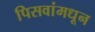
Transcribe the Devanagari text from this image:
पिसवांमधून